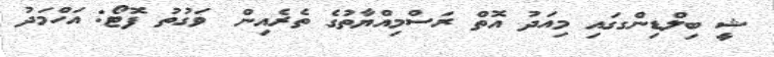
ޝީ ބިލްޑިންގގައި މިއަދު އޮތް ރަސްމިއްޔާތުގެ ތެރެއިން  ވަގުތު ފޮޓޯ: އަހްމަދު